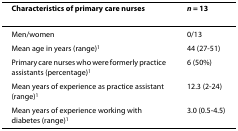
| Characteristics of primary care nurses | n = 13 |
 | --- | --- |
 | Men/women | 0/13 |
 | Mean age in years (range)1 | 44 (27-51) |
 | Primary care nurses who were formerly practice assistants (percentage)1 | 6 (50%) |
 | Mean years of experience as practice assistant (range)1 | 12.3 (2-24) |
 | Mean years of experience working with diabetes (range)1 | 3.0 (0.5-4.5) |